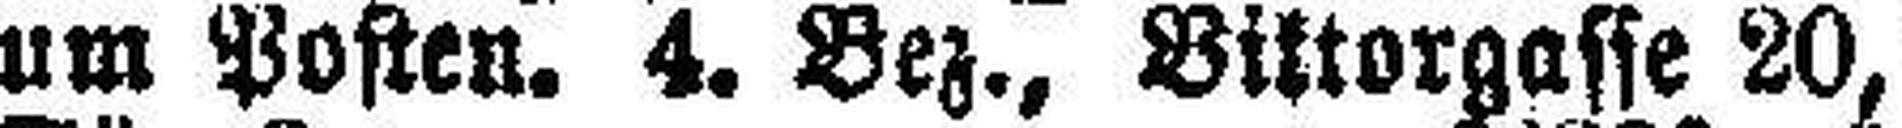
um Posten. 4. Bez., Bittorgasse 20,